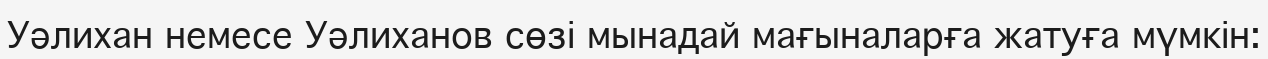
Уәлихан немесе Уәлиханов сөзі мынадай мағыналарға жатуға мүмкін: